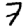
Digit: 7